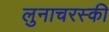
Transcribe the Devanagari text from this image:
लुनाचरस्की